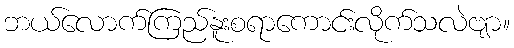
ဘယ်လောက်ကြည်နူးစရာကောင်းလိုက်သလဲဗျာ။